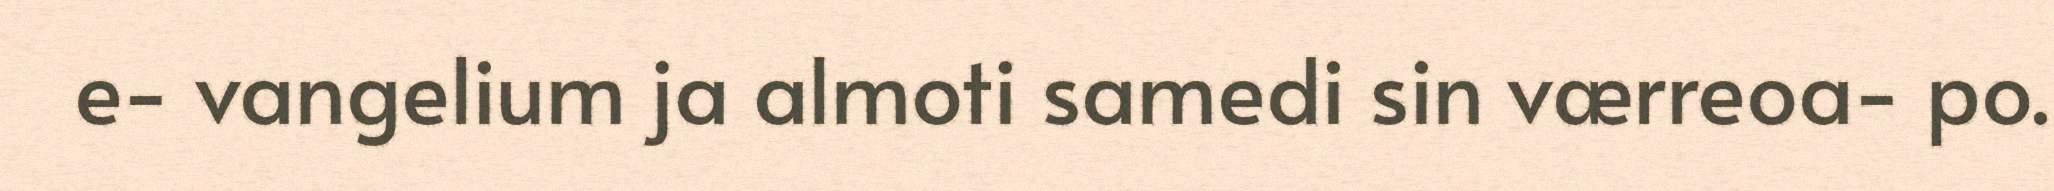
e- vangelium ja almoti samedi sin værreoa- po.